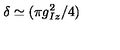
\delta \simeq ( \pi g _ { I z } ^ { 2 } / 4 )